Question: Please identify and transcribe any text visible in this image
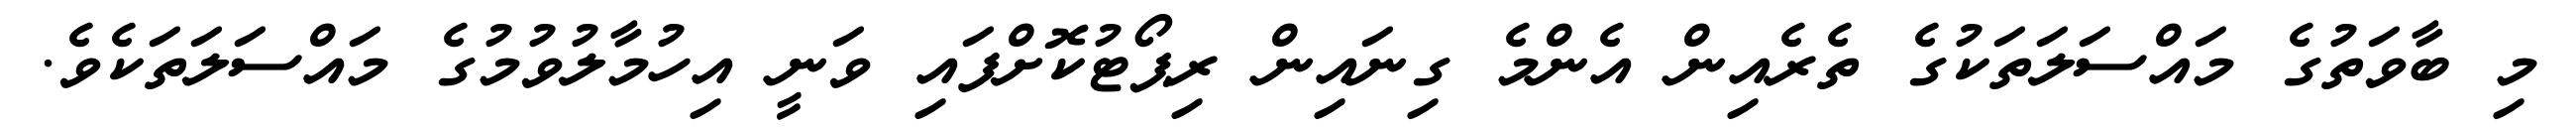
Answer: މި ބާވަތުގެ މައްސަލަތަކުގެ ތެރެއިން އެންމެ ގިނައިން ރިޕޯޓުކޮށްފައި ވަނީ އިހުމާލުވުމުގެ މައްސަލަތަކެވެ.